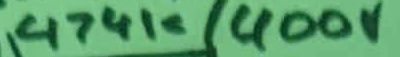
Text: 474k/400v